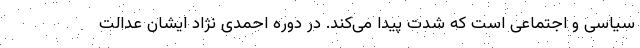
سیاسی و اجتماعی است که شدت پیدا می‌کند. در دوره احمدی نژاد ایشان عدالت